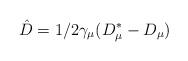
LaTeX: \begin{align*}\hat{D}=1/2 \gamma_{ \mu}(D_{ \mu}^*-D_{ \mu}) \end{align*}